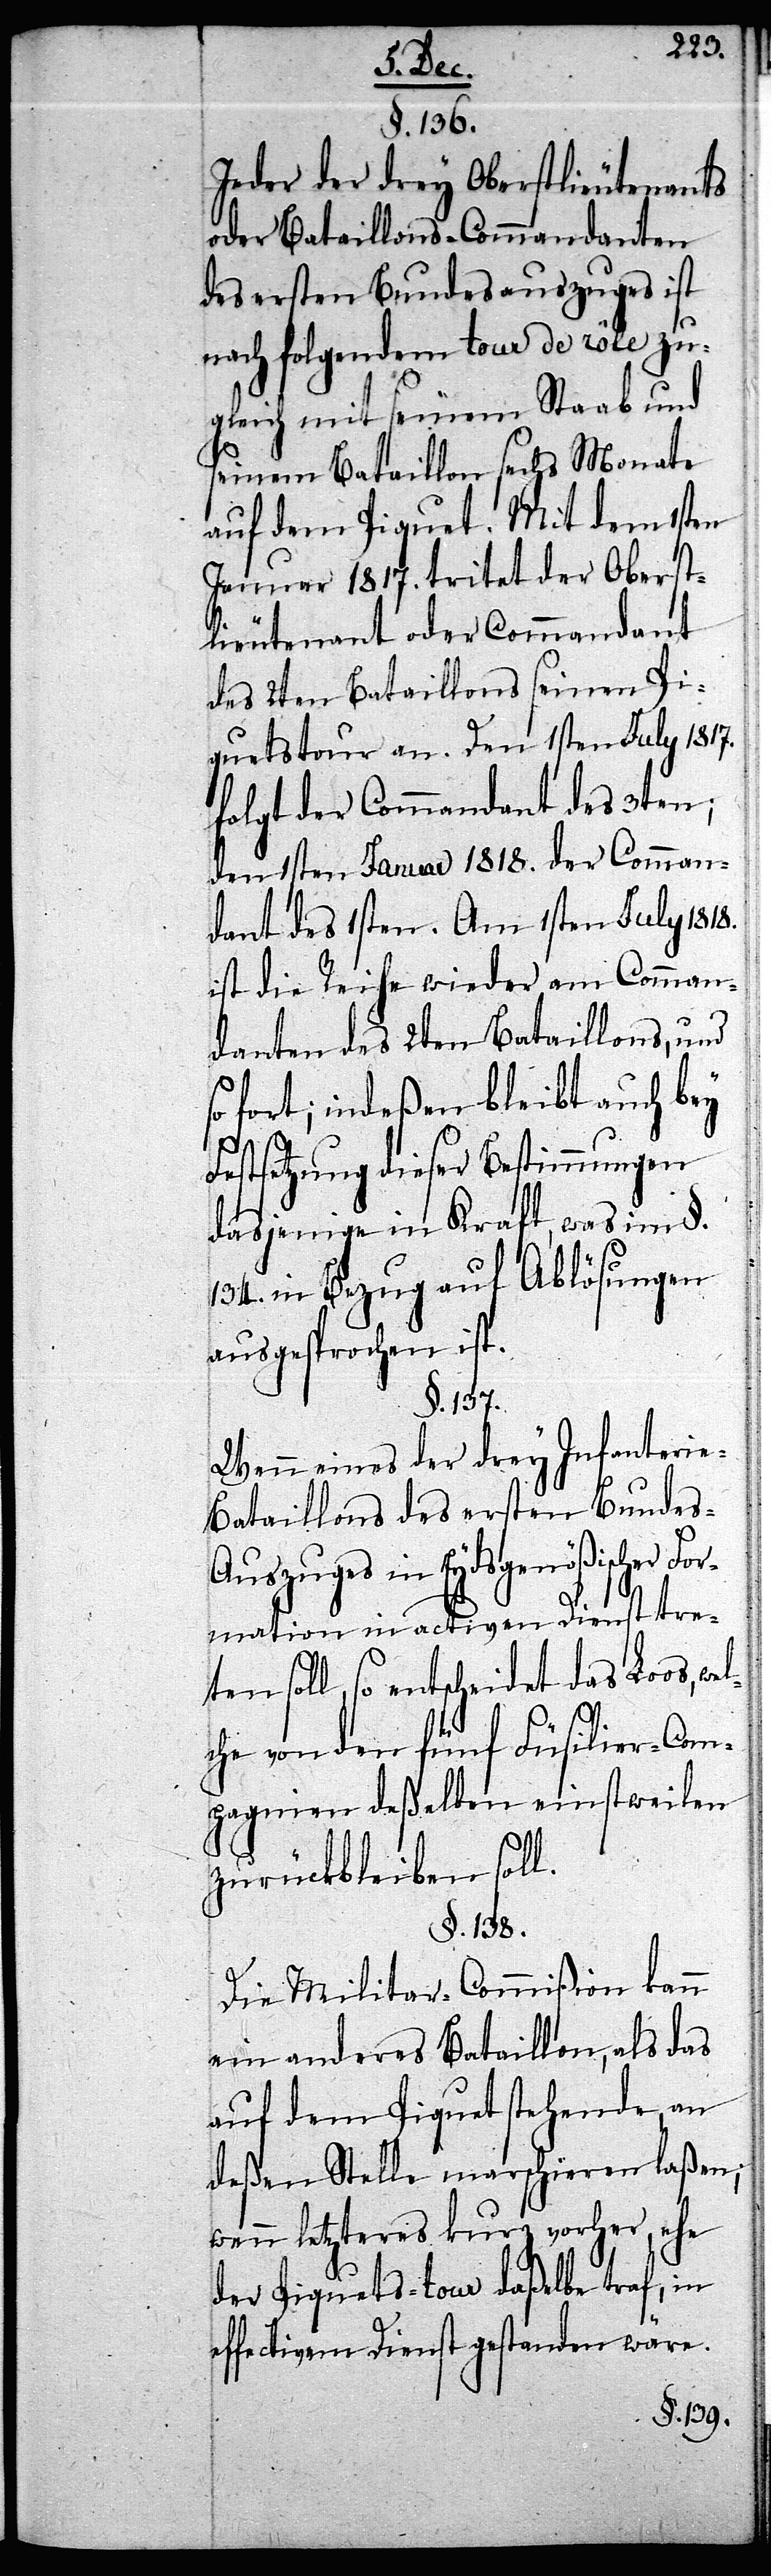
§. 136.
Jeder der drey Oberstlieutenants
oder Bataillons-Commandanten
des ersten Bundesauszuges ist
nach folgendem tour de rôle zu¬
gleich mit seinem Staab und
seinem Bataillon sechs Monate
auf dem Piquet. Mit dem 1sten
Januar 1817. tritet der Oberst¬
lieutenant oder Commandant
des 2ten Bataillons seinen Pi¬
quetstour an. Den 1sten July 1817.
folgt der Commandant des 3ten;
den 1sten Januar 1818. der Comman¬
dant des 1sten. Am 1sten July 1818.
ist die Reihe wieder am Comman¬
danten des 2ten Bataillons, und
so fort; indeßen bleibt auch bey
Festsetzung dieser Bestimmungen
dasjenige in Kraft, was im §.
134. in Bezug auf Ablösungen
ausgesprochen ist.
s, wel¬
Wenn eines der drey Infanteri¬
e-Bataillons des ersten Bundes-A¬
uszug in Eydsgenößischer For¬
mation in activen Dienst tre¬
ten soll, so entscheidet das Loo¬
che von den fünf Füsilier-Com¬
pagnien deßelben einstweilen
zurückbleiben soll.
§. 138.
Die Militar-Commißion kann
ein anderes Bataillon, als das
auf dem Piquet stehende, an
deßen Stelle marschieren laßen;
wenn letzteres kurz vorher ehe
der Piquets-tour daßelbe traf, in
effectivem Dienst gestanden wäre.